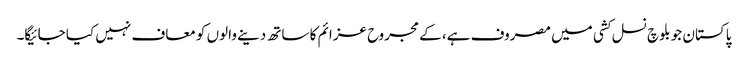
پاکستان جو بلوچ نسل کشی میں مصروف ہے، کے مجروح عزائم کا ساتھ دینے والوں کو معاف نہیں کیا جائیگا۔